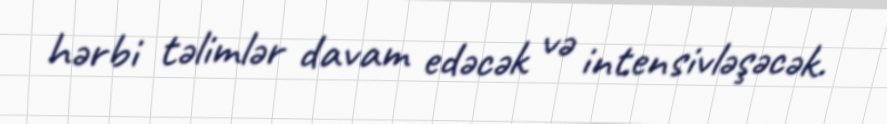
hərbi təlimlər davam edəcək və intensivləşəcək.